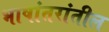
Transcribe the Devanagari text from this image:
भाषांतरांतील